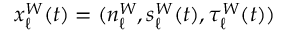
x _ { \ell } ^ { W } ( t ) = ( n _ { \ell } ^ { W } , s _ { \ell } ^ { W } ( t ) , \tau _ { \ell } ^ { W } ( t ) )